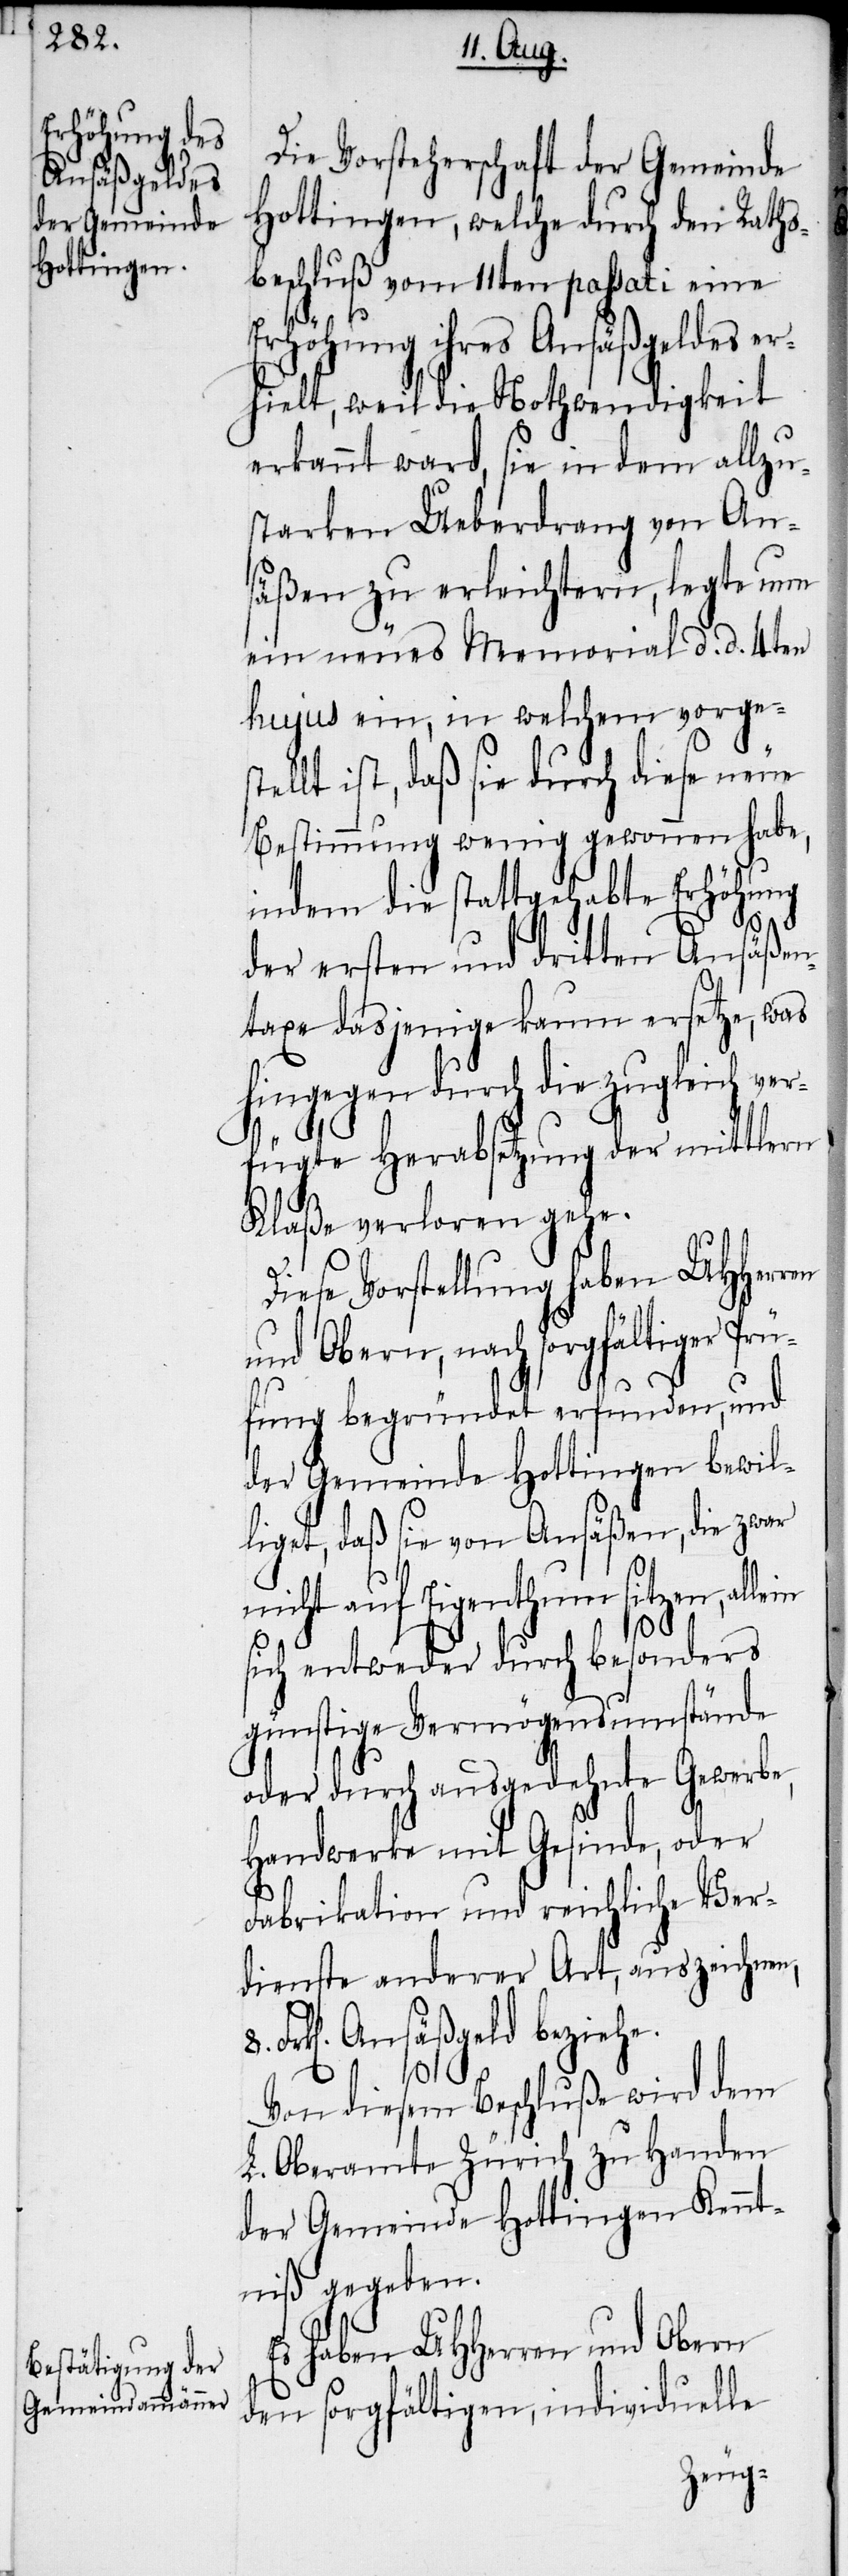
Die Vorsteherschaft der Gemeinde
Hottingen, welche durch den Raths¬
beschluß vom 11ten passati eine
Erhöhung ihres Ansäßgeldes er¬
hielt, weil die Nothwendigkeit
erkannt ward, sie in dem allzu¬
starken Ueberdrang von An¬
säßen zu erleichtern, legte nun
ein neues Memorial d. d. 4ten
hujus ein, in welchem vorgest¬
ellt ist, daß sie durch diese neue
Bestimmung wenig gewonnen habe,
indem die stattgehabte Erhöhung
der ersten und dritten Ansäßen¬
taxe dasjenige kaum ersetze, was
hingegen durch die zugleich ver¬
fügte Herabsetzung der mittlern
Klaße verloren gehe.
Diese Vorstellung haben UHHerren
und Obern, nach sorgfältiger Prü¬
fung begründet erfunden, und
der Gemeinde Hottingen bewil¬
liget, daß sie von Ansäßen, die zwar
nicht auf Eigenthum sitzen, allein
sich entweder durch besonders
günstige Vermögensumstände
oder durch ausgedehnte Gewerbe,
Handwerke mit Gesinde, oder
Fabrikation und reichliche Ver¬
dienste anderer Art, auszeichnen,
Frk[en]. Ansäßgeld beziehe.
Von diesem Beschluße wird dem
L. Oberamte Zürich zu Handen
der Gemeinde Hottingen Kennt¬
niß gegeben.
Es haben UHHerren und Obern
den sorgfältigen, individuelle